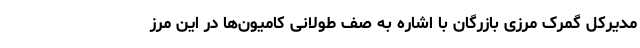
مدیرکل گمرک مرزی بازرگان با اشاره به صف طولانی کامیون‌ها در این مرز